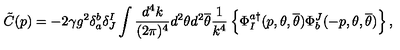
\tilde { C } ( p ) = - 2 \gamma g ^ { 2 } \delta _ { a } ^ { b } \delta _ { J } ^ { I } \int \frac { d ^ { 4 } k } { ( 2 \pi ) ^ { 4 } } d ^ { 2 } \theta d ^ { 2 } { \overline { \theta } } \frac { 1 } { k ^ { 4 } } \left\{ \Phi _ { I } ^ { a \dagger } ( p , \theta , { \overline { \theta } } ) { \Phi } _ { b } ^ { J } ( - p , \theta , { \overline { \theta } } ) \right\} ,